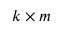
k \times m